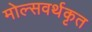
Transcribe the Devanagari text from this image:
मोल्सवर्थकृत